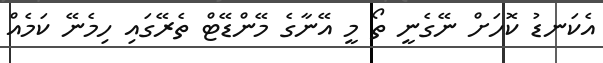
އެކަނޑު ކޮހަށް ނޭގެނީ ތޯ މީ އޭނާގެ މޭންޑޭޓް ތެރޭގައި ހިމެނޭ ކަމެއް